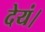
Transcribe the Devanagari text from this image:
देयं।